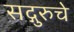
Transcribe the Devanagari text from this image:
सद्गुरुचे